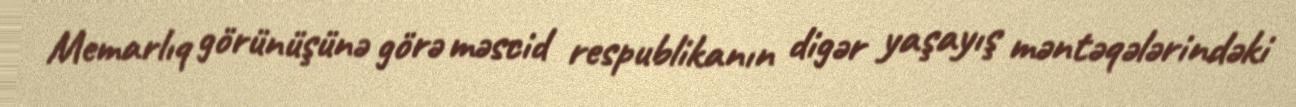
Memarlıq görünüşünə görə məscid respublikanın digər yaşayış məntəqələrindəki